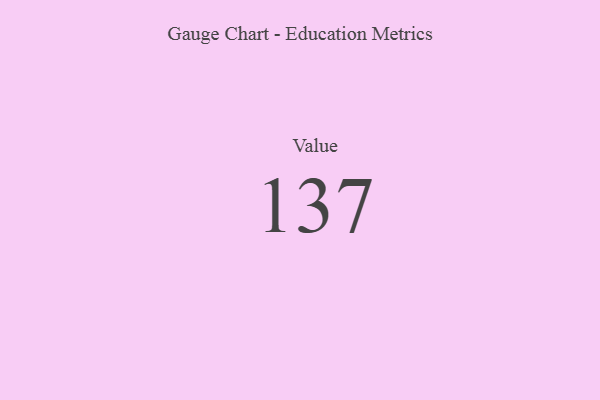
{"axis": {"x": "Metric", "y": "Value"}, "legend": [""], "data": [{"x": "Value", "y": 137, "type": ""}]}